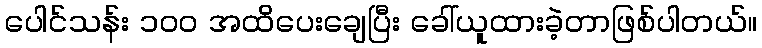
ပေါင်သန်း ၁၀၀ အထိပေးချေပြီး ခေါ်ယူထားခဲ့တာဖြစ်ပါတယ်။